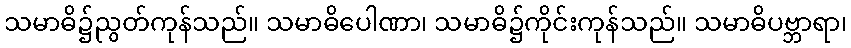
သမာဓိ၌ညွတ်ကုန်သည်။ သမာဓိပေါဏာ၊ သမာဓိ၌ကိုင်းကုန်သည်။ သမာဓိပဗ္ဘာရာ၊